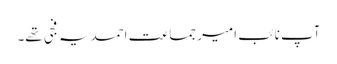
آپ نائب امیر جماعت احمدیہ فجی تھے۔